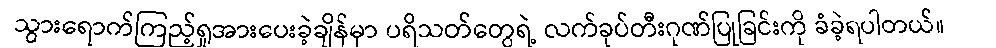
သွားရောက်ကြည့်ရှုအားပေးခဲ့ချိန်မှာ ပရိသတ်တွေရဲ့ လက်ခုပ်တီးဂုဏ်ပြုခြင်းကို ခံခဲ့ရပါတယ်။